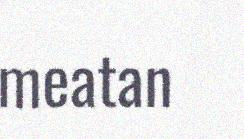
meatan